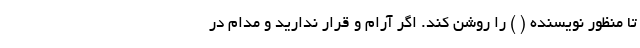
تا منظور نویسنده ( ) را روشن کند. اگر آرام و قرار ندارید و مدام در